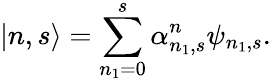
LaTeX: |n,s\rangle=\sum_{n_{1}=0}^{s}\alpha_{n_{1},s}^{n}\psi_{n_{1},s}.